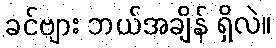
ခင်ဗျား ဘယ်အချိန် ရှိလဲ။